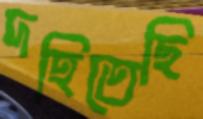
দহিতেছি